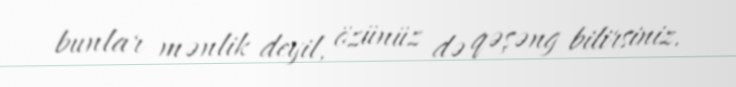
bunlar mənlik deyil, özünüz də qəşəng bilirsiniz.